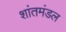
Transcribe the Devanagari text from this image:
शांतमंडल